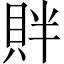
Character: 𬥓